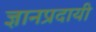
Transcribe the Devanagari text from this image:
ज्ञानप्रदायी